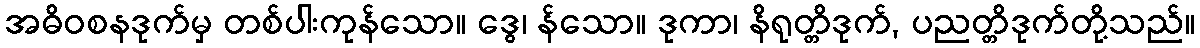
အဓိဝစနဒုက်မှ တစ်ပါးကုန်သော။ ဒွေ၊ န်သော။ ဒုကာ၊ နိရုတ္တိဒုက်, ပညတ္တိဒုက်တို့သည်။